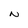
Character: N